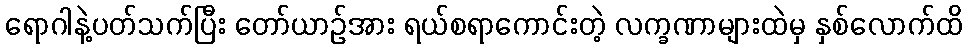
ရောဂါနဲ့ပတ်သက်ပြီး တော်ယာဉ်အား ရယ်စရာကောင်းတဲ့ လက္ခဏာများထဲမှ နှစ်လောက်ထိ